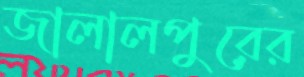
জালালপুরের